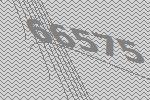
66575